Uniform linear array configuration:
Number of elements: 8
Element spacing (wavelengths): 0.75
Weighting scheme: kaiser
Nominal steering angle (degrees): -15
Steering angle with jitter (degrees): -13.845
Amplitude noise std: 0.05
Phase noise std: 0.05

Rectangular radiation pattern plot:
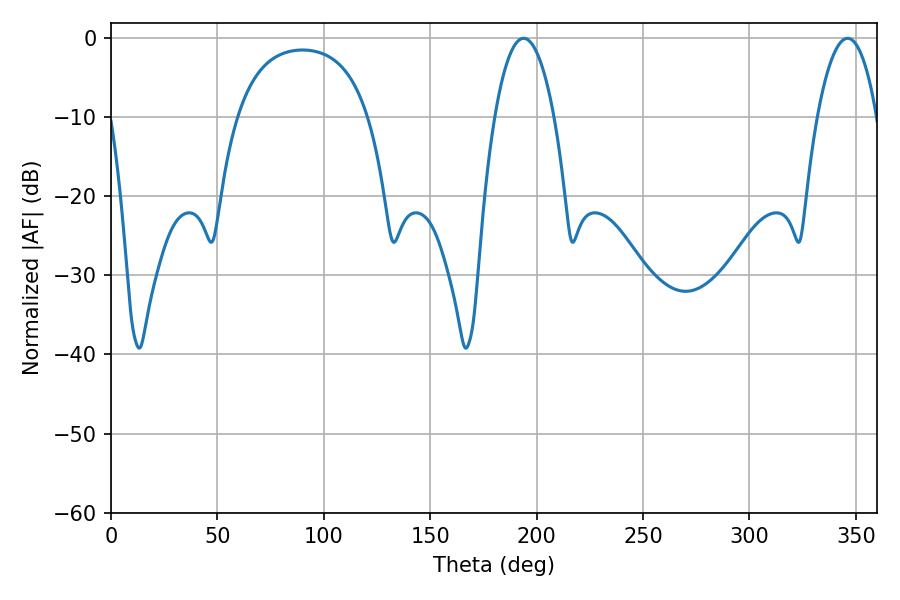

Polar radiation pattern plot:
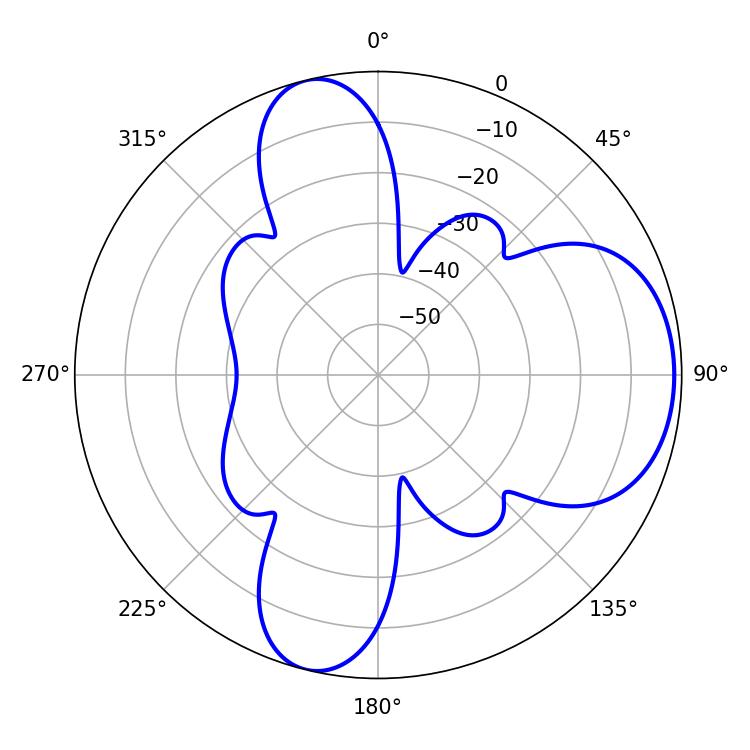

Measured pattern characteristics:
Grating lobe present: TRUE
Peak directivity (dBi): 7.435
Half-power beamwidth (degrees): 15.48
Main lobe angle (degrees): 193.86